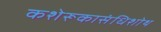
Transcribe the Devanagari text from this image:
कशेरूकासंधिशोथ